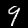
Label: 9